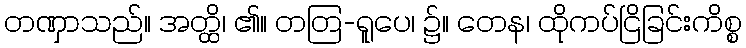
တဏှာသည်။ အတ္ထိ၊ ၏။ တတြ-ရူပေ၊ ၌။ တေန၊ ထိုကပ်ငြိခြင်းကိစ္စ